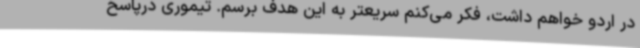
در اردو خواهم داشت، فکر می‌کنم سریعتر به این هدف برسم. تیموری درپاسخ